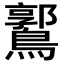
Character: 𪅪